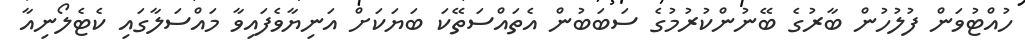
ހުއްޓުވަން ފުލުހުން ބާރުގެ ބޭނުންކުރުމުގެ ސަބަބުން އެތައްސަތޭކަ ބަޔަކަށް އަނިޔާވެފައިވާ މައްސަލާގައި ކެޓެލޯނިއާ